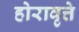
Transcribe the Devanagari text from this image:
होरावृत्ते